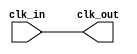
module basic_clock_buffer #(
    parameter NUM_OUTPUTS = 1  // Number of clock output signals
)(
    input wire clk_in,          // Primary clock input
    output wire [NUM_OUTPUTS-1:0] clk_out  // Buffered clock output signals
);

// Generate the buffered clock outputs
genvar i;
generate
    for (i = 0; i < NUM_OUTPUTS; i = i + 1) begin : clk_buffer
        // Assign the input clock to each output with a minimal propagation delay
        assign clk_out[i] = clk_in; // Direct assignment for simplicity
    end
endgenerate

endmodule